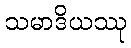
သမာဒိယဿု